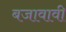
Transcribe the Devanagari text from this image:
बजावावी